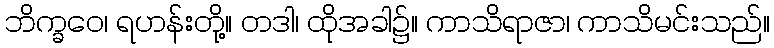
ဘိက္ခဝေ၊ ရဟန်းတို့။ တဒါ၊ ထိုအခါ၌။ ကာသိရာဇာ၊ ကာသိမင်းသည်။